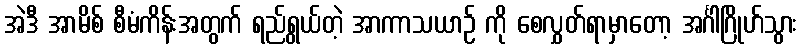
အဲဒီ အာမိစ် စီမံကိန်းအတွက် ရည်ရွယ်တဲ့ အာကာသယာဉ် ကို စေလွှတ်ရာမှာတော့ အင်္ဂါဂြိုဟ်သွား